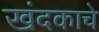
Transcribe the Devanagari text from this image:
खंदकाचे